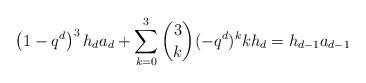
LaTeX: \begin{align*} \left( 1-q^d\right)^3 h_d a_d + \sum_{k=0}^3 \binom{3}{k} (-q^d)^k k h_{d} = h_{d-1} a_{d-1} \end{align*}